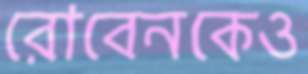
রোবেনকেও